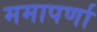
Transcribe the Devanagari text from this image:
ममापर्णा